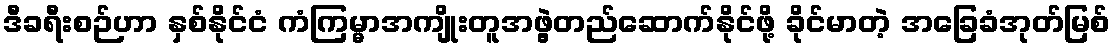
ဒီခရီးစဉ်ဟာ နှစ်နိုင်ငံ ကံကြမ္မာအကျိုးတူအဖွဲ့တည်ဆောက်နိုင်ဖို့ ခိုင်မာတဲ့ အခြေခံအုတ်မြစ်